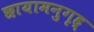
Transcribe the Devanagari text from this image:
छायामनुगृह्